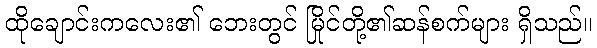
ထိုချောင်းကလေး၏ ဘေးတွင် မြိုင်တို့၏ဆန်စက်များ ရှိသည်။